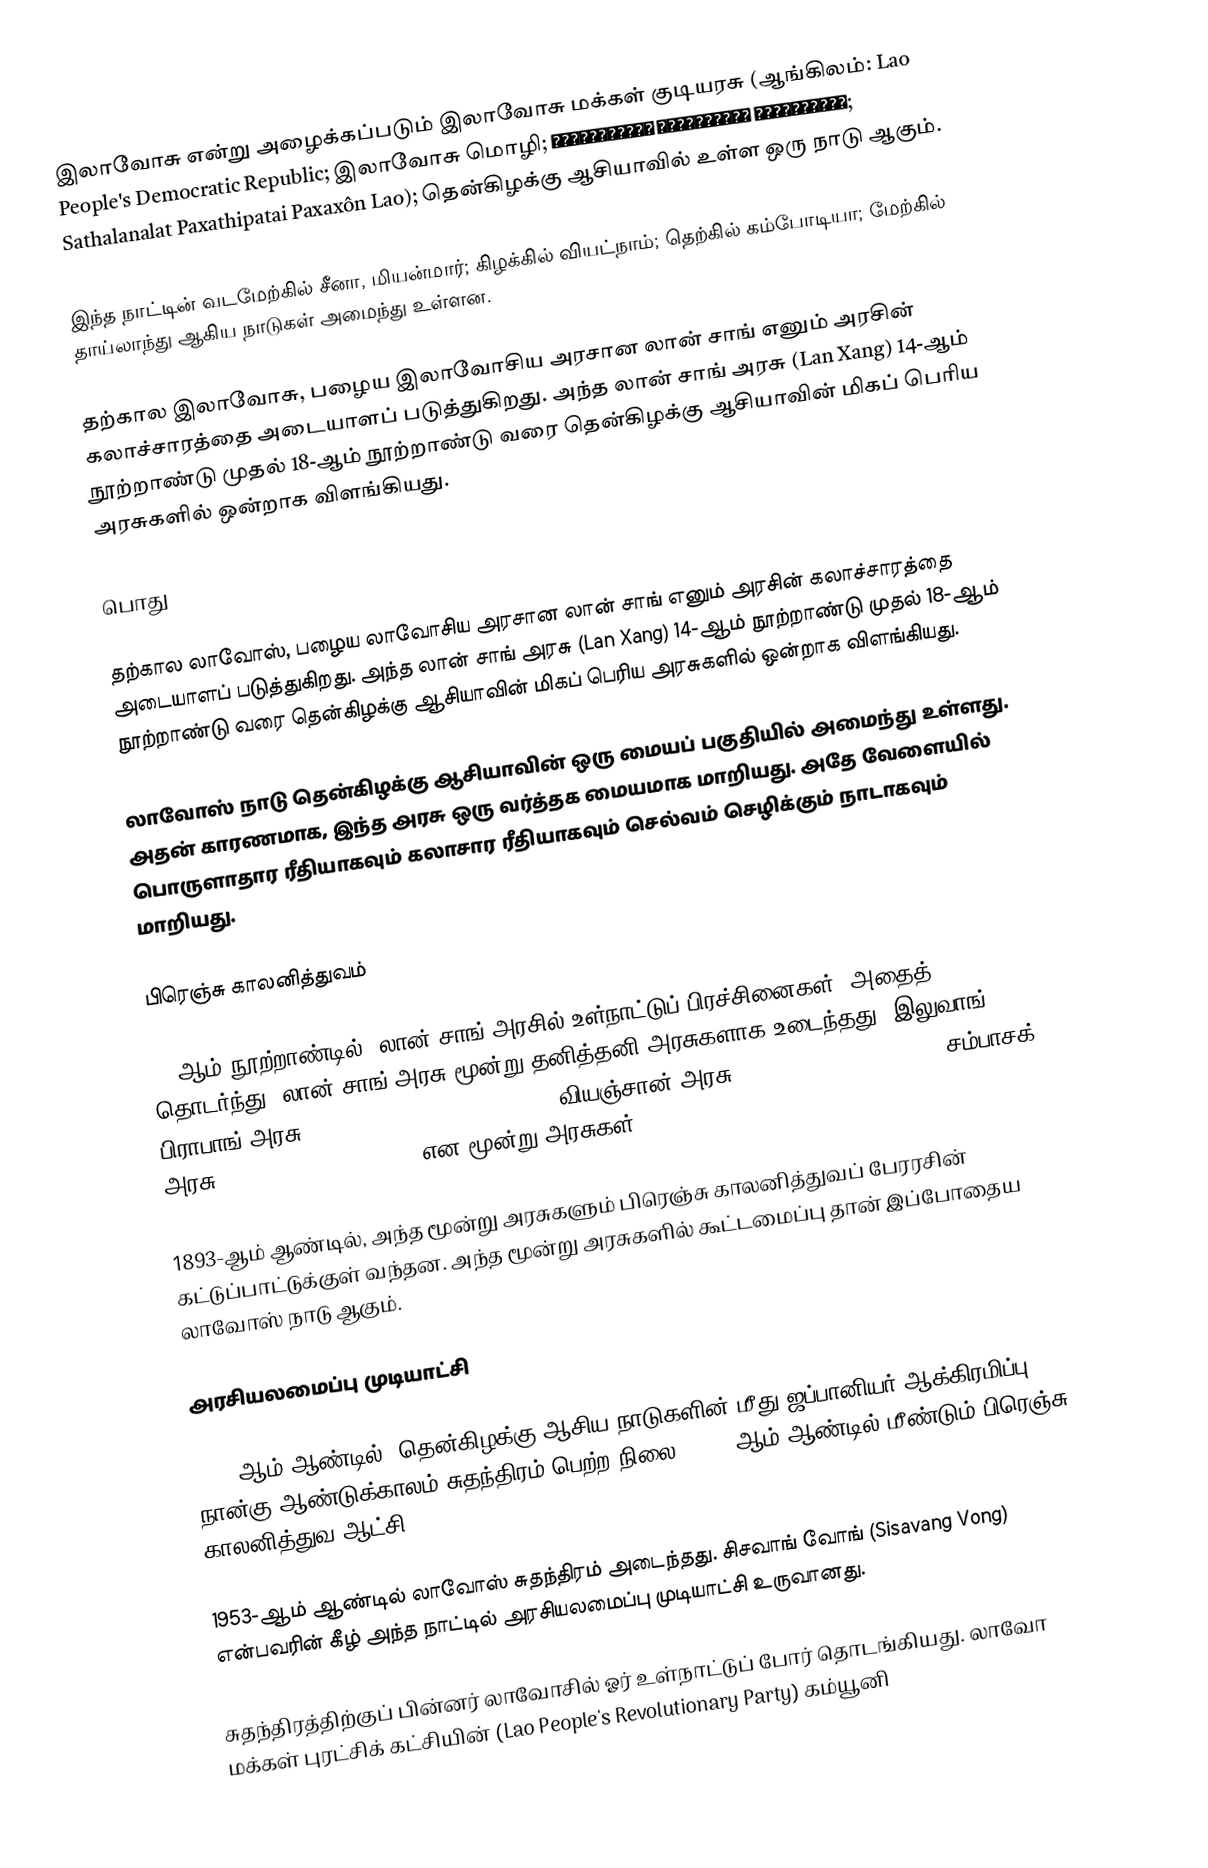
இலாவோசு என்று அழைக்கப்படும் இலாவோசு மக்கள் குடியரசு (ஆங்கிலம்: Lao People's Democratic Republic; இலாவோசு மொழி; ສາທາລະນະລັດ ປະຊາທິປະໄຕ ປະຊາຊົນລາວ; Sathalanalat Paxathipatai Paxaxôn Lao);  தென்கிழக்கு ஆசியாவில் உள்ள ஒரு நாடு ஆகும்.

இந்த நாட்டின் வடமேற்கில் சீனா, மியன்மார்; கிழக்கில் வியட்நாம்; தெற்கில் கம்போடியா; மேற்கில் தாய்லாந்து ஆகிய நாடுகள் அமைந்து உள்ளன.

தற்கால இலாவோசு, பழைய இலாவோசிய அரசான லான் சாங் எனும் அரசின் கலாச்சாரத்தை அடையாளப் படுத்துகிறது. அந்த லான் சாங் அரசு (Lan Xang) 14-ஆம் நூற்றாண்டு முதல் 18-ஆம் நூற்றாண்டு வரை தென்கிழக்கு ஆசியாவின் மிகப் பெரிய அரசுகளில் ஒன்றாக விளங்கியது.

பொது

தற்கால லாவோஸ், பழைய லாவோசிய அரசான லான் சாங் எனும் அரசின் கலாச்சாரத்தை அடையாளப் படுத்துகிறது. அந்த லான் சாங் அரசு (Lan Xang) 14-ஆம் நூற்றாண்டு முதல் 18-ஆம் நூற்றாண்டு வரை தென்கிழக்கு ஆசியாவின் மிகப் பெரிய அரசுகளில் ஒன்றாக விளங்கியது.

லாவோஸ் நாடு தென்கிழக்கு ஆசியாவின் ஒரு மையப் பகுதியில் அமைந்து உள்ளது. அதன் காரணமாக, இந்த அரசு ஒரு வர்த்தக மையமாக மாறியது. அதே வேளையில் பொருளாதார ரீதியாகவும் கலாசார ரீதியாகவும் செல்வம் செழிக்கும் நாடாகவும் மாறியது.

பிரெஞ்சு காலனித்துவம்

18-ஆம் நூற்றாண்டில், லான் சாங் அரசில் உள்நாட்டுப் பிரச்சினைகள். அதைத் தொடர்ந்து, லான் சாங் அரசு மூன்று தனித்தனி அரசுகளாக உடைந்தது. இலுவாங் பிராபாங் அரசு (Kingdom of Luang Phrabang); வியஞ்சான் அரசு (Kingdom of Vientiane); சம்பாசக் அரசு (Kingdom of Champasak) என மூன்று அரசுகள்.

1893-ஆம் ஆண்டில், அந்த மூன்று அரசுகளும் பிரெஞ்சு காலனித்துவப் பேரரசின் கட்டுப்பாட்டுக்குள் வந்தன. அந்த மூன்று அரசுகளில் கூட்டமைப்பு தான் இப்போதைய லாவோஸ் நாடு ஆகும்.

அரசியலமைப்பு முடியாட்சி

1945-ஆம் ஆண்டில், தென்கிழக்கு ஆசிய நாடுகளின் மீது ஜப்பானியர் ஆக்கிரமிப்பு. நான்கு ஆண்டுக்காலம் சுதந்திரம் பெற்ற நிலை. 1949-ஆம் ஆண்டில் மீண்டும் பிரெஞ்சு காலனித்துவ ஆட்சி.

1953-ஆம் ஆண்டில் லாவோஸ் சுதந்திரம் அடைந்தது. சிசவாங் வோங் (Sisavang Vong) என்பவரின் கீழ் அந்த நாட்டில் அரசியலமைப்பு முடியாட்சி உருவானது.

சுதந்திரத்திற்குப் பின்னர் லாவோசில் ஓர் உள்நாட்டுப் போர் தொடங்கியது. லாவோ மக்கள் புரட்சிக் கட்சியின் (Lao People's Revolutionary Party) கம்யூனி